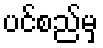
ပင်စည်မှ